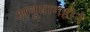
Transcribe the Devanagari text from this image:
अनुभागहोने